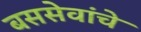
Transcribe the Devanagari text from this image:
बससेवांचे